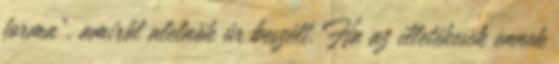
forma”, amiről alelnök úr beszélt. Ha az illetékesek ennek